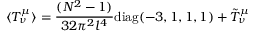
\langle T _ { \nu } ^ { \mu } \rangle = { \frac { ( N ^ { 2 } - 1 ) } { 3 2 \pi ^ { 2 } l ^ { 4 } } } \mathrm { d i a g } ( - 3 , 1 , 1 , 1 ) + \tilde { T } _ { \nu } ^ { \mu }